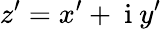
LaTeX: z^{\prime}=x^{\prime}+\mathrm{~i~}y^{\prime}